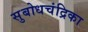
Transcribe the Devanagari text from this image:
सुबोधचंद्रिका